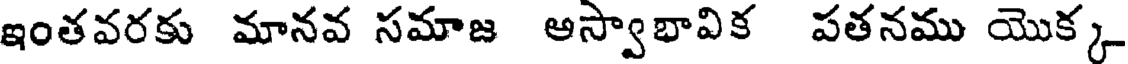
ఇంతవరకు మానవ సమాజ అస్వాభావిక పతనము యొక్క